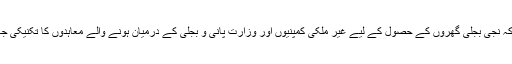
گرما گرم بحث کے بعد طے پایا کہ نجی بجلی گھروں کے حصول کے لیے غیر ملکی کمپنیوں اور وزارت پانی و بجلی کے درمیان ہونے والے معاہدوں کا تکنیکی جائزہ ماہرین کے ذریعے لیا جائے۔